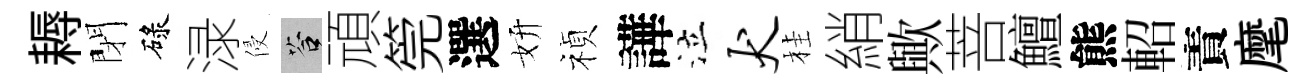
耨閉碌渌侵答頑筦選妍禎譁泣犬桂綃歟菩鱣熊軺責麾